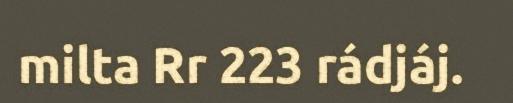
milta Rr 223 rádjáj.